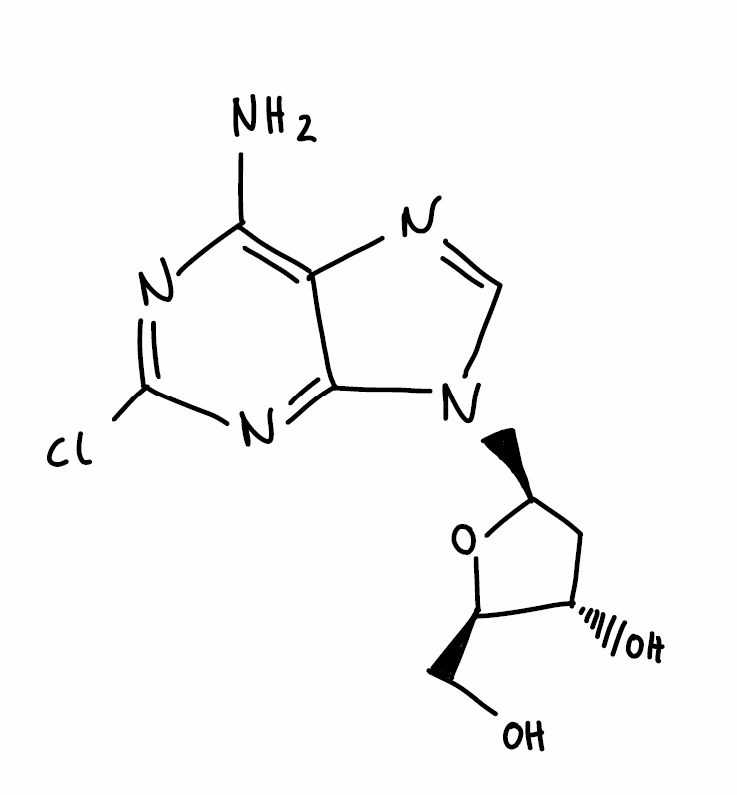
Simplified molecular-input line-entry system (SMILES) notation of the given molecule:
C1[C@@H]([C@H](O[C@H]1N2C=NC3=C(N=C(N=C32)Cl)N)CO)O